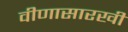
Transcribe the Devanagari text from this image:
वीणासारखी